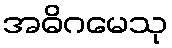
အဓိဂမေသု